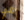
الذي